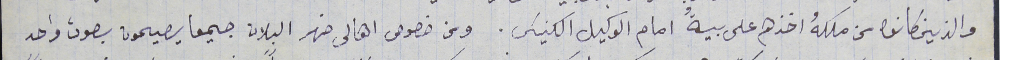
والذين كانوا من ملكهُ اخذهم على بيةُ امام الوكيل الكنيسَى. ومن خصوص اهالى ضهر البلان جميعا يصيحون بصوت واحد